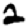
Digit: 2